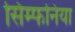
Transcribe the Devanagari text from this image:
सिम्फनिया